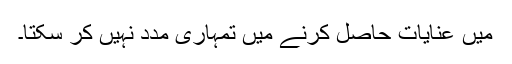
میں عنایات حاصل کرنے میں تمہاری مدد نہیں کر سکتا۔